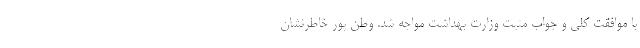
با موافقت کلی و جواب مثبت وزارت بهداشت مواجه شد. وطن پور خاطرنشان